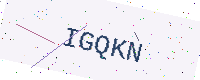
Text: IGQKN